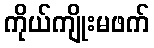
ကိုယ်ကျိုးမဖက်